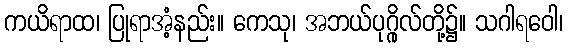
ကယိရာထ၊ ပြုရာအံ့နည်း။ ကေသု၊ အဘယ်ပုဂ္ဂိုလ်တို့၌။ သဂါရဝေါ၊